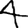
Digit: 4